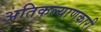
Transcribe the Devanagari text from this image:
अतिकल्याणकारी